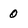
Character: 0